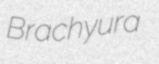
Brachyura